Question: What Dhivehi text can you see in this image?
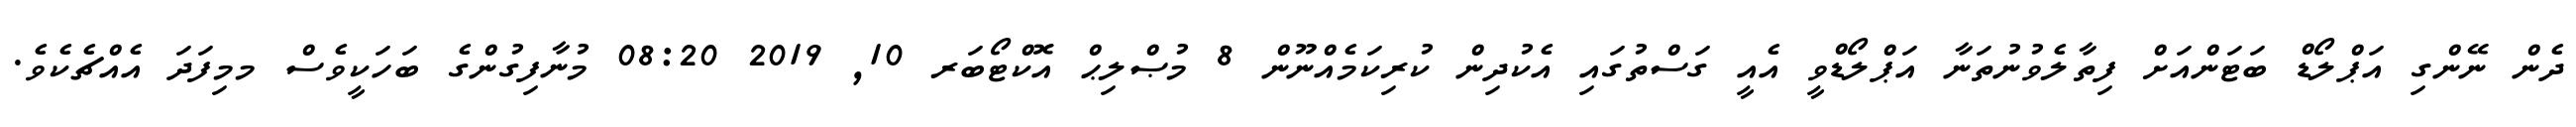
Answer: ދެން ނޭންގި އަޕްލޯޑް ބަޓަންއަށް ފިތާލެވުނުތަނާ އަޕްލޯޑްވީ އެއީ ގަސްތުގައި އެކުދިން ކުރިކަމެއްނޫން 8 މުޞްލިޙް އޮކްޓޯބަރ 10, 2019 08:20 މުނާފިގުންގެ ބަހަކީވެސް މމިފަދަ އެއްޗެކެވެ.